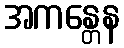
အကန္တေန